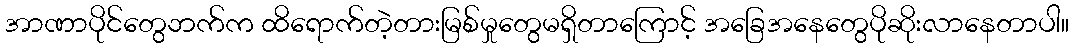
အာဏာပိုင်တွေဘက်က ထိရောက်တဲ့တားမြစ်မှုတွေမရှိတာကြောင့် အခြေအနေတွေပိုဆိုးလာနေတာပါ။